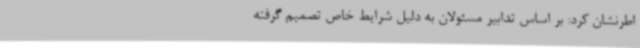
اطرنشان کرد: بر اساس تدابیر مسئولان به دلیل شرایط خاص تصمیم گرفته